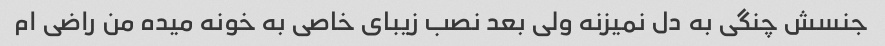
جنسش چنگی به دل نمیزنه ولی بعد نصب زیبای خاصی به خونه میده من راضی ام